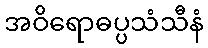
အဝိရောဓပ္ပသံသီနံ